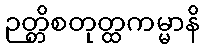
ဉတ္တိစတုတ္ထကမ္မာနိ